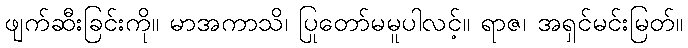
ဖျက်ဆီးခြင်းကို။ မာအကာသိ၊ ပြုတော်မမူပါလင့်။ ရာဇ၊ အရှင်မင်းမြတ်။